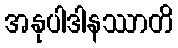
အနုပါဒါနဿာတိ